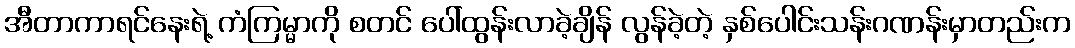
အီတာကာရင်နေးရဲ့ ကံကြမ္မာကို စတင် ပေါ်ထွန်းလာခဲ့ချိန် လွန်ခဲ့တဲ့ နှစ်ပေါင်းသန်းဂဏန်းမှာတည်းက